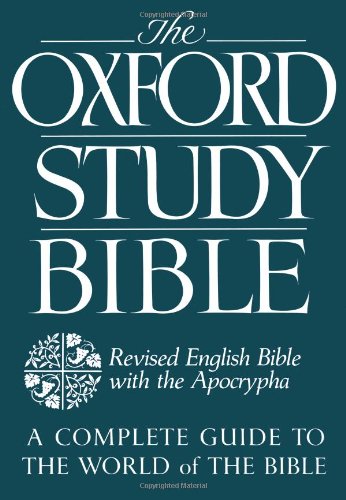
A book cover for The Oxford Study Bible: Revised English Bible with Apocrypha; Christian Books & Bibles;